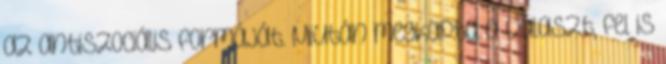
az antiszociális formáját. Miután megkapta a választ, fel is